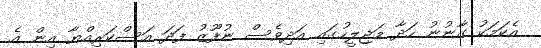
އެކަމަކު ގާނުނު ހަދާ މަޖިލީހުގައި އަދިވެސް ނުފޫޒު ފަދަ އަސްކަރިއްޔާ އިން އެ